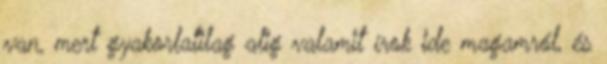
van, mert gyakorlatilag alig valamit írok ide magamról, és